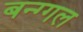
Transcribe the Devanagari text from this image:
बन्ग्गल